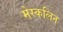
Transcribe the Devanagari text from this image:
मेस्कलिन